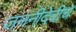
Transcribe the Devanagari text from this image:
जननीदेवीचे